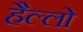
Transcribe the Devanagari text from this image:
हैल्लो